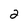
Character: 2